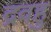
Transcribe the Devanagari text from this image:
द्रवहु